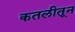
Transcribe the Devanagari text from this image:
कतलीतून